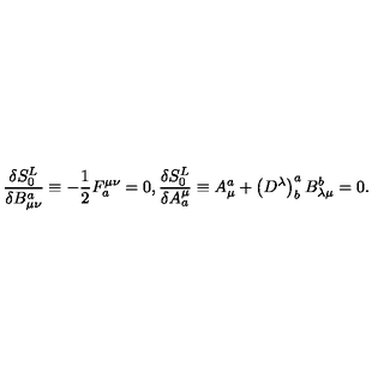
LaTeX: \frac { \delta S _ { 0 } ^ { L } } { \delta B _ { \mu \nu } ^ { a } } \equiv - \frac 1 2 F _ { a } ^ { \mu \nu } = 0 , \frac { \delta S _ { 0 } ^ { L } } { \delta A _ { a } ^ { \mu } } \equiv A _ { \mu } ^ { a } + \left( D ^ { \lambda } \right) _ { b } ^ { a } B _ { \lambda \mu } ^ { b } = 0 .